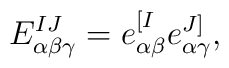
E_{\alpha\beta\gamma}^{IJ} = e^{[I}_{\alpha\beta} e^{J]}_{\alpha\gamma},